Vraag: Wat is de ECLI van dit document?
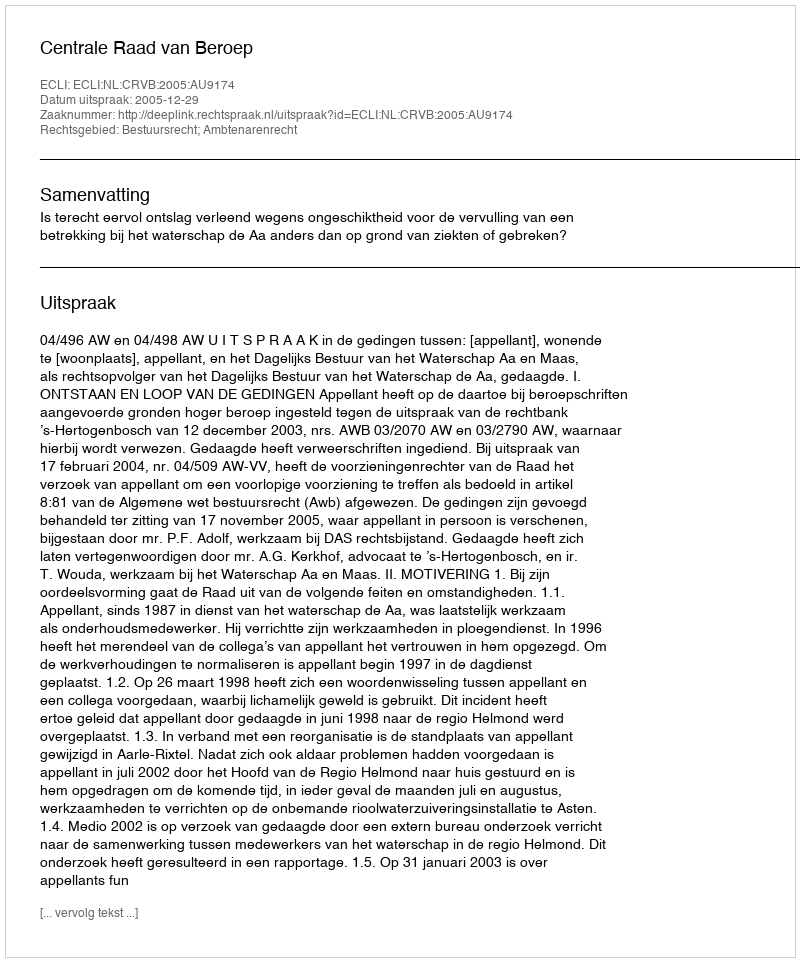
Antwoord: ECLI:NL:CRVB:2005:AU9174